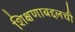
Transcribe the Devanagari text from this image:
शिक्षणाबद्दलची